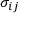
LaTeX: \sigma _ { i j }